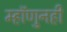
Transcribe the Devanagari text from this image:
म्हॉणुनही